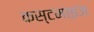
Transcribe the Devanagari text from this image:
कस्टमाइज